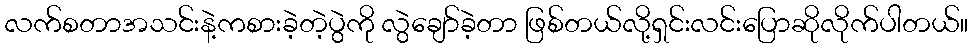
လက်စတာအသင်းနဲ့ကစားခဲ့တဲ့ပွဲကို လွဲချော်ခဲ့တာ ဖြစ်တယ်လို့ရှင်းလင်းပြောဆိုလိုက်ပါတယ်။